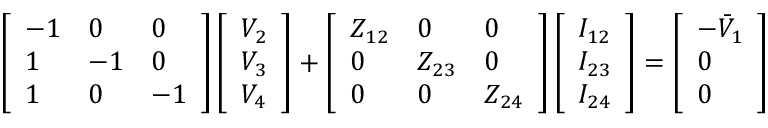
\begin{array} { r } { \left[ \begin{array} { l l l } { - 1 } & { 0 } & { 0 } \\ { 1 } & { - 1 } & { 0 } \\ { 1 } & { 0 } & { - 1 } \end{array} \right] \left[ \begin{array} { l } { V _ { 2 } } \\ { V _ { 3 } } \\ { V _ { 4 } } \end{array} \right] + \left[ \begin{array} { l l l } { Z _ { 1 2 } } & { 0 } & { 0 } \\ { 0 } & { Z _ { 2 3 } } & { 0 } \\ { 0 } & { 0 } & { Z _ { 2 4 } } \end{array} \right] \left[ \begin{array} { l } { I _ { 1 2 } } \\ { I _ { 2 3 } } \\ { I _ { 2 4 } } \end{array} \right] = \left[ \begin{array} { l } { - \bar { V } _ { 1 } } \\ { 0 } \\ { 0 } \end{array} \right] } \end{array}